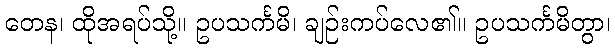
တေန၊ ထိုအရပ်သို့။ ဥပသင်္ကမိ၊ ချဉ်းကပ်လေ၏။ ဥပသင်္ကမိတွာ၊